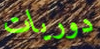
دوريات